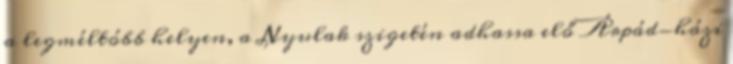
a legméltóbb helyen, a Nyulak szigetén adhassa elő Árpád-házi